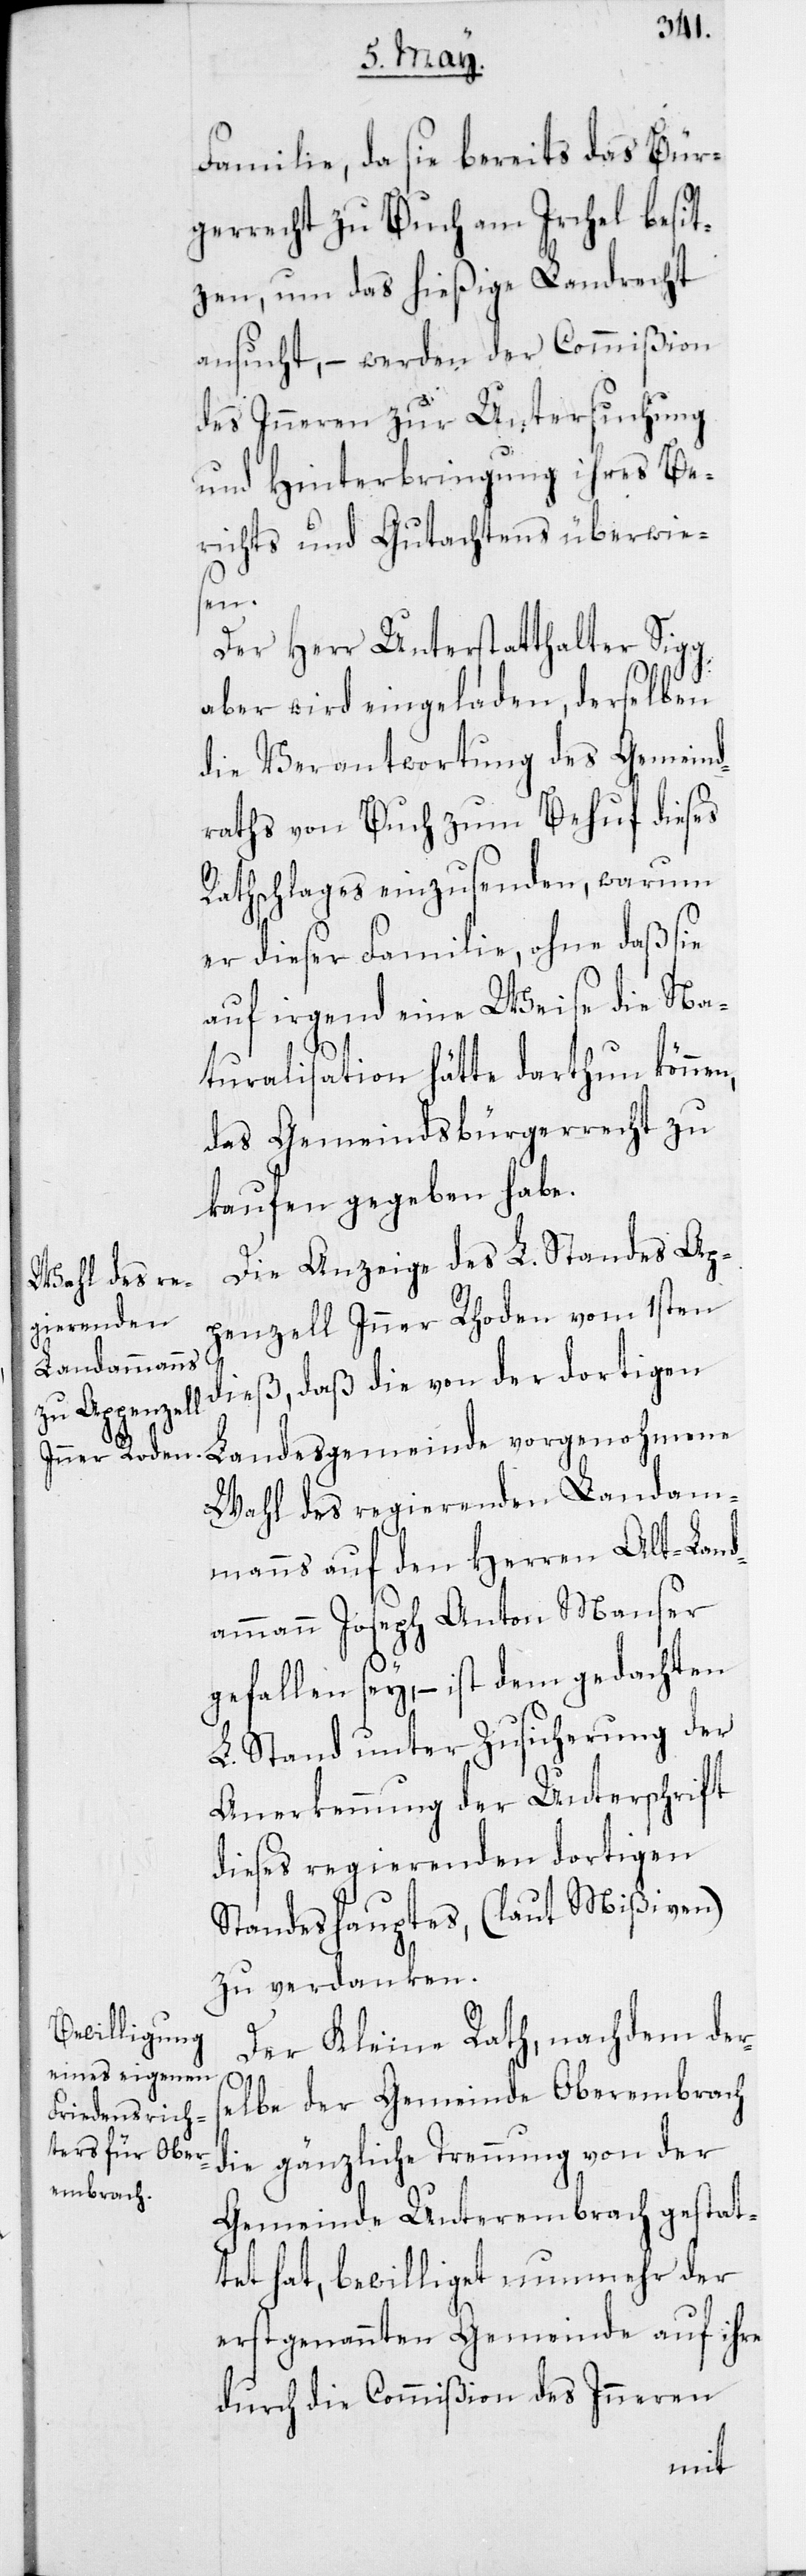
Familie, da sie bereits das Bür¬
gerrecht zu Buch am Irchel besit¬
zen, um das hießige Landrecht
ansucht, – werden der Commißion
des Inneren zur Untersuchung
und Hinterbringung ihres Be¬
richts und Gutachtens überwies¬
en.
Der Herr Unterstatthalter Sigg
aber wird eingeladen, derselben
die Verantwortung des Gemeind¬
raths von Buch zum Behuf dieses
Rathschlages einzusenden, warum
er dieser Familie, ohne daß sie
auf irgend eine Weise die Na¬
turalisation hätte darthun können,
das Gemeindsbürgerrecht zu
kaufen gegeben habe.
Die Anzeige des L. Standes Ap¬
penzell Inner Rhoden vom 1sten
dieß, daß die von der dortigen
Wahl des regierenden Landam¬
manns auf den Herren Alt-Land¬
ammann Joseph Anton Manser
gefallen sey, – ist dem gedachten
L. Stand unter Zusicherung der
Anerkennung der Unterschrift
dieses regierenden dortigen
Standeshauptes, (laut Mißiven)
zu verdanken.
Der Kleine Rath, nachdem der¬
selbe der Gemeinde Oberembrach
Gemeinde Unterembrach gestat¬
tet hat, bewilliget nunmehr der
erstgenannten Gemeinde auf ihre
durch die Commißion des Inneren